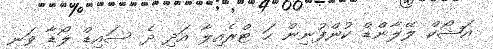
އަޝޯކް ލޭލާންޑް ކުންފުނިން ހަ ޓްރެއިލާ އަދި ދެ ސައިޑް ލޯޑާ ވަނީ